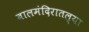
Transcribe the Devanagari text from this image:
बालमंदिरातल्या